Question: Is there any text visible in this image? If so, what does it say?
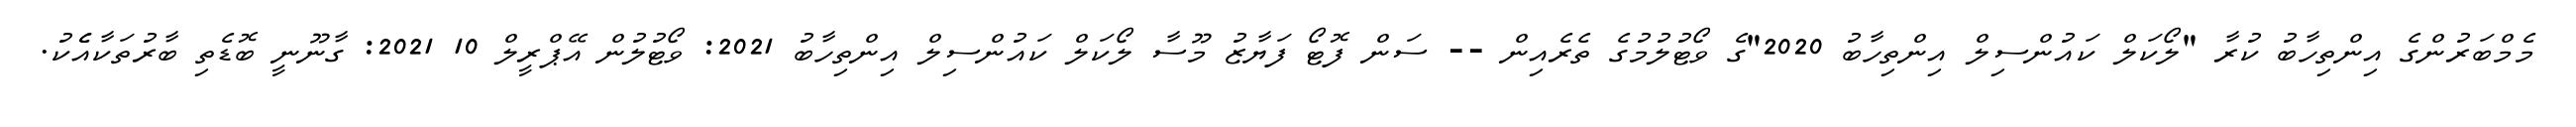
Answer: މެމްބަރުންގެ އިންތިހާބު ކުރާ "ލޯކަލް ކައުންސިލް އިންތިހާބު 2020"ގެ ވޯޓުލުމުގެ ތެރެއިން -- ސަން ފޮޓޯ ފަޔާޒު މޫސާ ލޯކަލް ކައުންސިލް އިންތިހާބު 2021: ވޯޓުލުން އޭޕްރީލް 10 2021: ގާނޫނީ ބޮޑެތި ބާރުތަކާއެެކު.